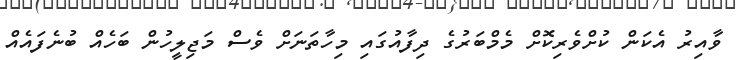
ވާއިރު އެކަން ކުށްވެރިކޮށް މެމްބަރުގެ ދިފާއުގައި މިހާތަނަށް ވެސް މަޖިލީހުން ބަހެއް ބުނެފައެއް